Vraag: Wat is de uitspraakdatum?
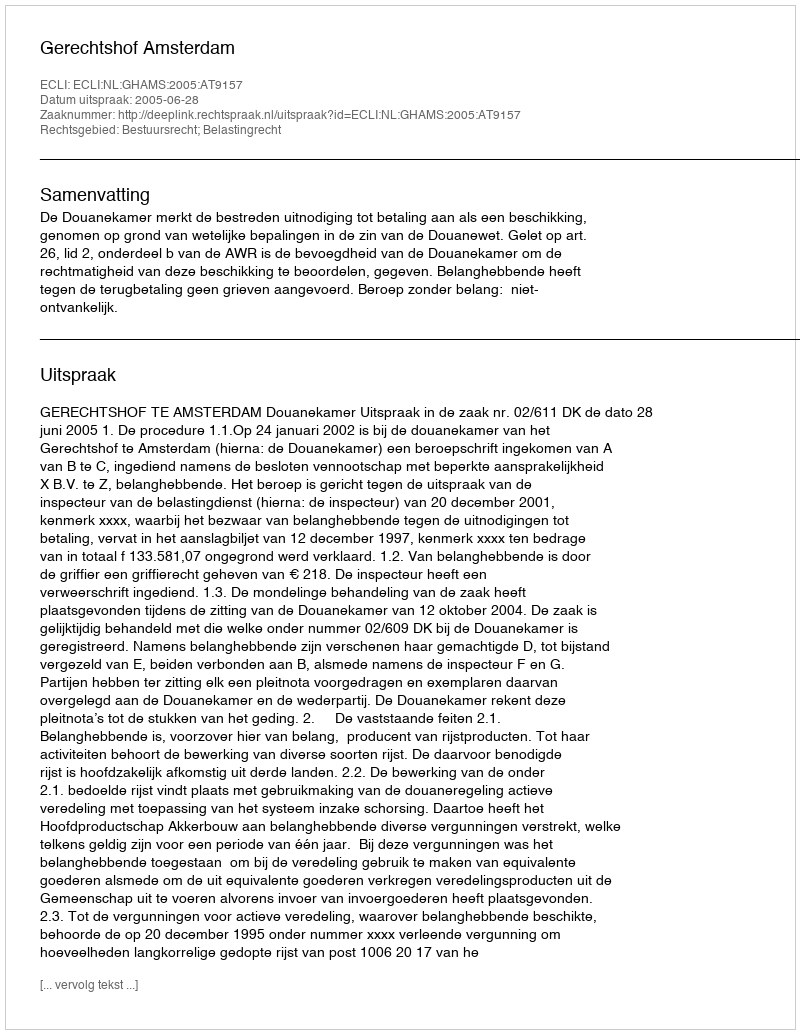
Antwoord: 2005-06-28